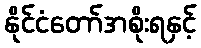
နိုင်ငံတော်အစိုးရနှင့်